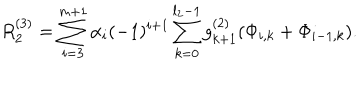
R _ { 2 } ^ { \left( 3 \right) } = \sum _ { i = 3 } ^ { m + 1 } \alpha _ { i } ( - 1 ) ^ { i + 1 } \sum _ { k = 0 } ^ { l _ { 2 } - 1 } g _ { k + 1 } ^ { \left( 2 \right) } ( \Phi _ { i , k } + \Phi _ { i - 1 , k } ) .